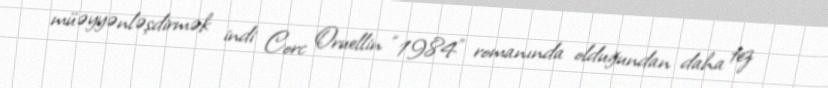
müəyyənləşdirmək indi Corc Oruellin “1984” romanında olduğundan daha tez